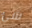
شئ